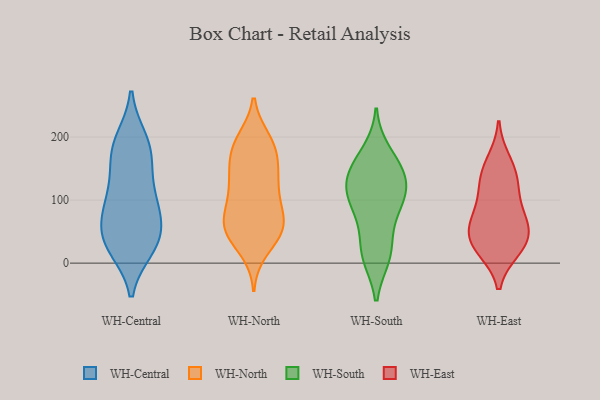
{"axis": {"x": "Conversion Rate (%)", "y": "Value"}, "legend": ["WH-Central", "WH-East", "WH-North", "WH-South"], "data": [{"x": "", "y": 196, "type": "WH-Central"}, {"x": "", "y": 72, "type": "WH-Central"}, {"x": "", "y": 45, "type": "WH-Central"}, {"x": "", "y": 120, "type": "WH-Central"}, {"x": "", "y": 178, "type": "WH-Central"}, {"x": "", "y": 96, "type": "WH-Central"}, {"x": "", "y": 101, "type": "WH-Central"}, {"x": "", "y": 38, "type": "WH-Central"}, {"x": "", "y": 23, "type": "WH-Central"}, {"x": "", "y": 58, "type": "WH-Central"}, {"x": "", "y": 29, "type": "WH-Central"}, {"x": "", "y": 23, "type": "WH-Central"}, {"x": "", "y": 156, "type": "WH-Central"}, {"x": "", "y": 195, "type": "WH-Central"}, {"x": "", "y": 87, "type": "WH-Central"}, {"x": "", "y": 166, "type": "WH-Central"}, {"x": "", "y": 111, "type": "WH-North"}, {"x": "", "y": 123, "type": "WH-North"}, {"x": "", "y": 22, "type": "WH-North"}, {"x": "", "y": 51, "type": "WH-North"}, {"x": "", "y": 139, "type": "WH-North"}, {"x": "", "y": 72, "type": "WH-North"}, {"x": "", "y": 83, "type": "WH-North"}, {"x": "", "y": 148, "type": "WH-North"}, {"x": "", "y": 186, "type": "WH-North"}, {"x": "", "y": 100, "type": "WH-North"}, {"x": "", "y": 60, "type": "WH-North"}, {"x": "", "y": 49, "type": "WH-North"}, {"x": "", "y": 137, "type": "WH-North"}, {"x": "", "y": 193, "type": "WH-North"}, {"x": "", "y": 195, "type": "WH-North"}, {"x": "", "y": 176, "type": "WH-North"}, {"x": "", "y": 57, "type": "WH-North"}, {"x": "", "y": 44, "type": "WH-North"}, {"x": "", "y": 59, "type": "WH-North"}, {"x": "", "y": 176, "type": "WH-North"}, {"x": "", "y": 116, "type": "WH-South"}, {"x": "", "y": 145, "type": "WH-South"}, {"x": "", "y": 116, "type": "WH-South"}, {"x": "", "y": 149, "type": "WH-South"}, {"x": "", "y": 18, "type": "WH-South"}, {"x": "", "y": 153, "type": "WH-South"}, {"x": "", "y": 11, "type": "WH-South"}, {"x": "", "y": 175, "type": "WH-South"}, {"x": "", "y": 69, "type": "WH-South"}, {"x": "", "y": 107, "type": "WH-South"}, {"x": "", "y": 113, "type": "WH-South"}, {"x": "", "y": 82, "type": "WH-South"}, {"x": "", "y": 15, "type": "WH-South"}, {"x": "", "y": 22, "type": "WH-East"}, {"x": "", "y": 162, "type": "WH-East"}, {"x": "", "y": 116, "type": "WH-East"}, {"x": "", "y": 49, "type": "WH-East"}, {"x": "", "y": 143, "type": "WH-East"}, {"x": "", "y": 30, "type": "WH-East"}, {"x": "", "y": 63, "type": "WH-East"}, {"x": "", "y": 131, "type": "WH-East"}, {"x": "", "y": 71, "type": "WH-East"}, {"x": "", "y": 23, "type": "WH-East"}, {"x": "", "y": 46, "type": "WH-East"}, {"x": "", "y": 87, "type": "WH-East"}]}